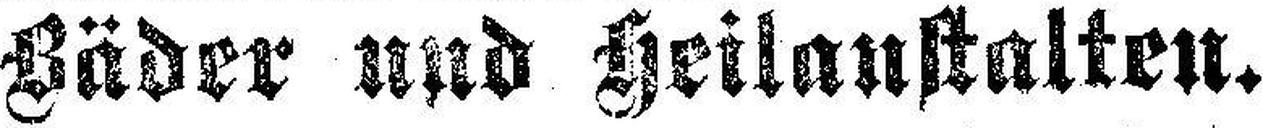
Bäder und Heilanstalten.